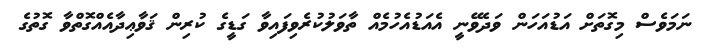
ނަމަވެސް މިގޮތަށް އަޑުއަހަން ވަދެވޭނީ އެއަޑުއެހުމެއް ތާވަލުކުރެވިފައިވާ ގަޑީގެ ކުރިން ޤަވާޢިދާއެއްގޮތްވާ ގޮތުގެ